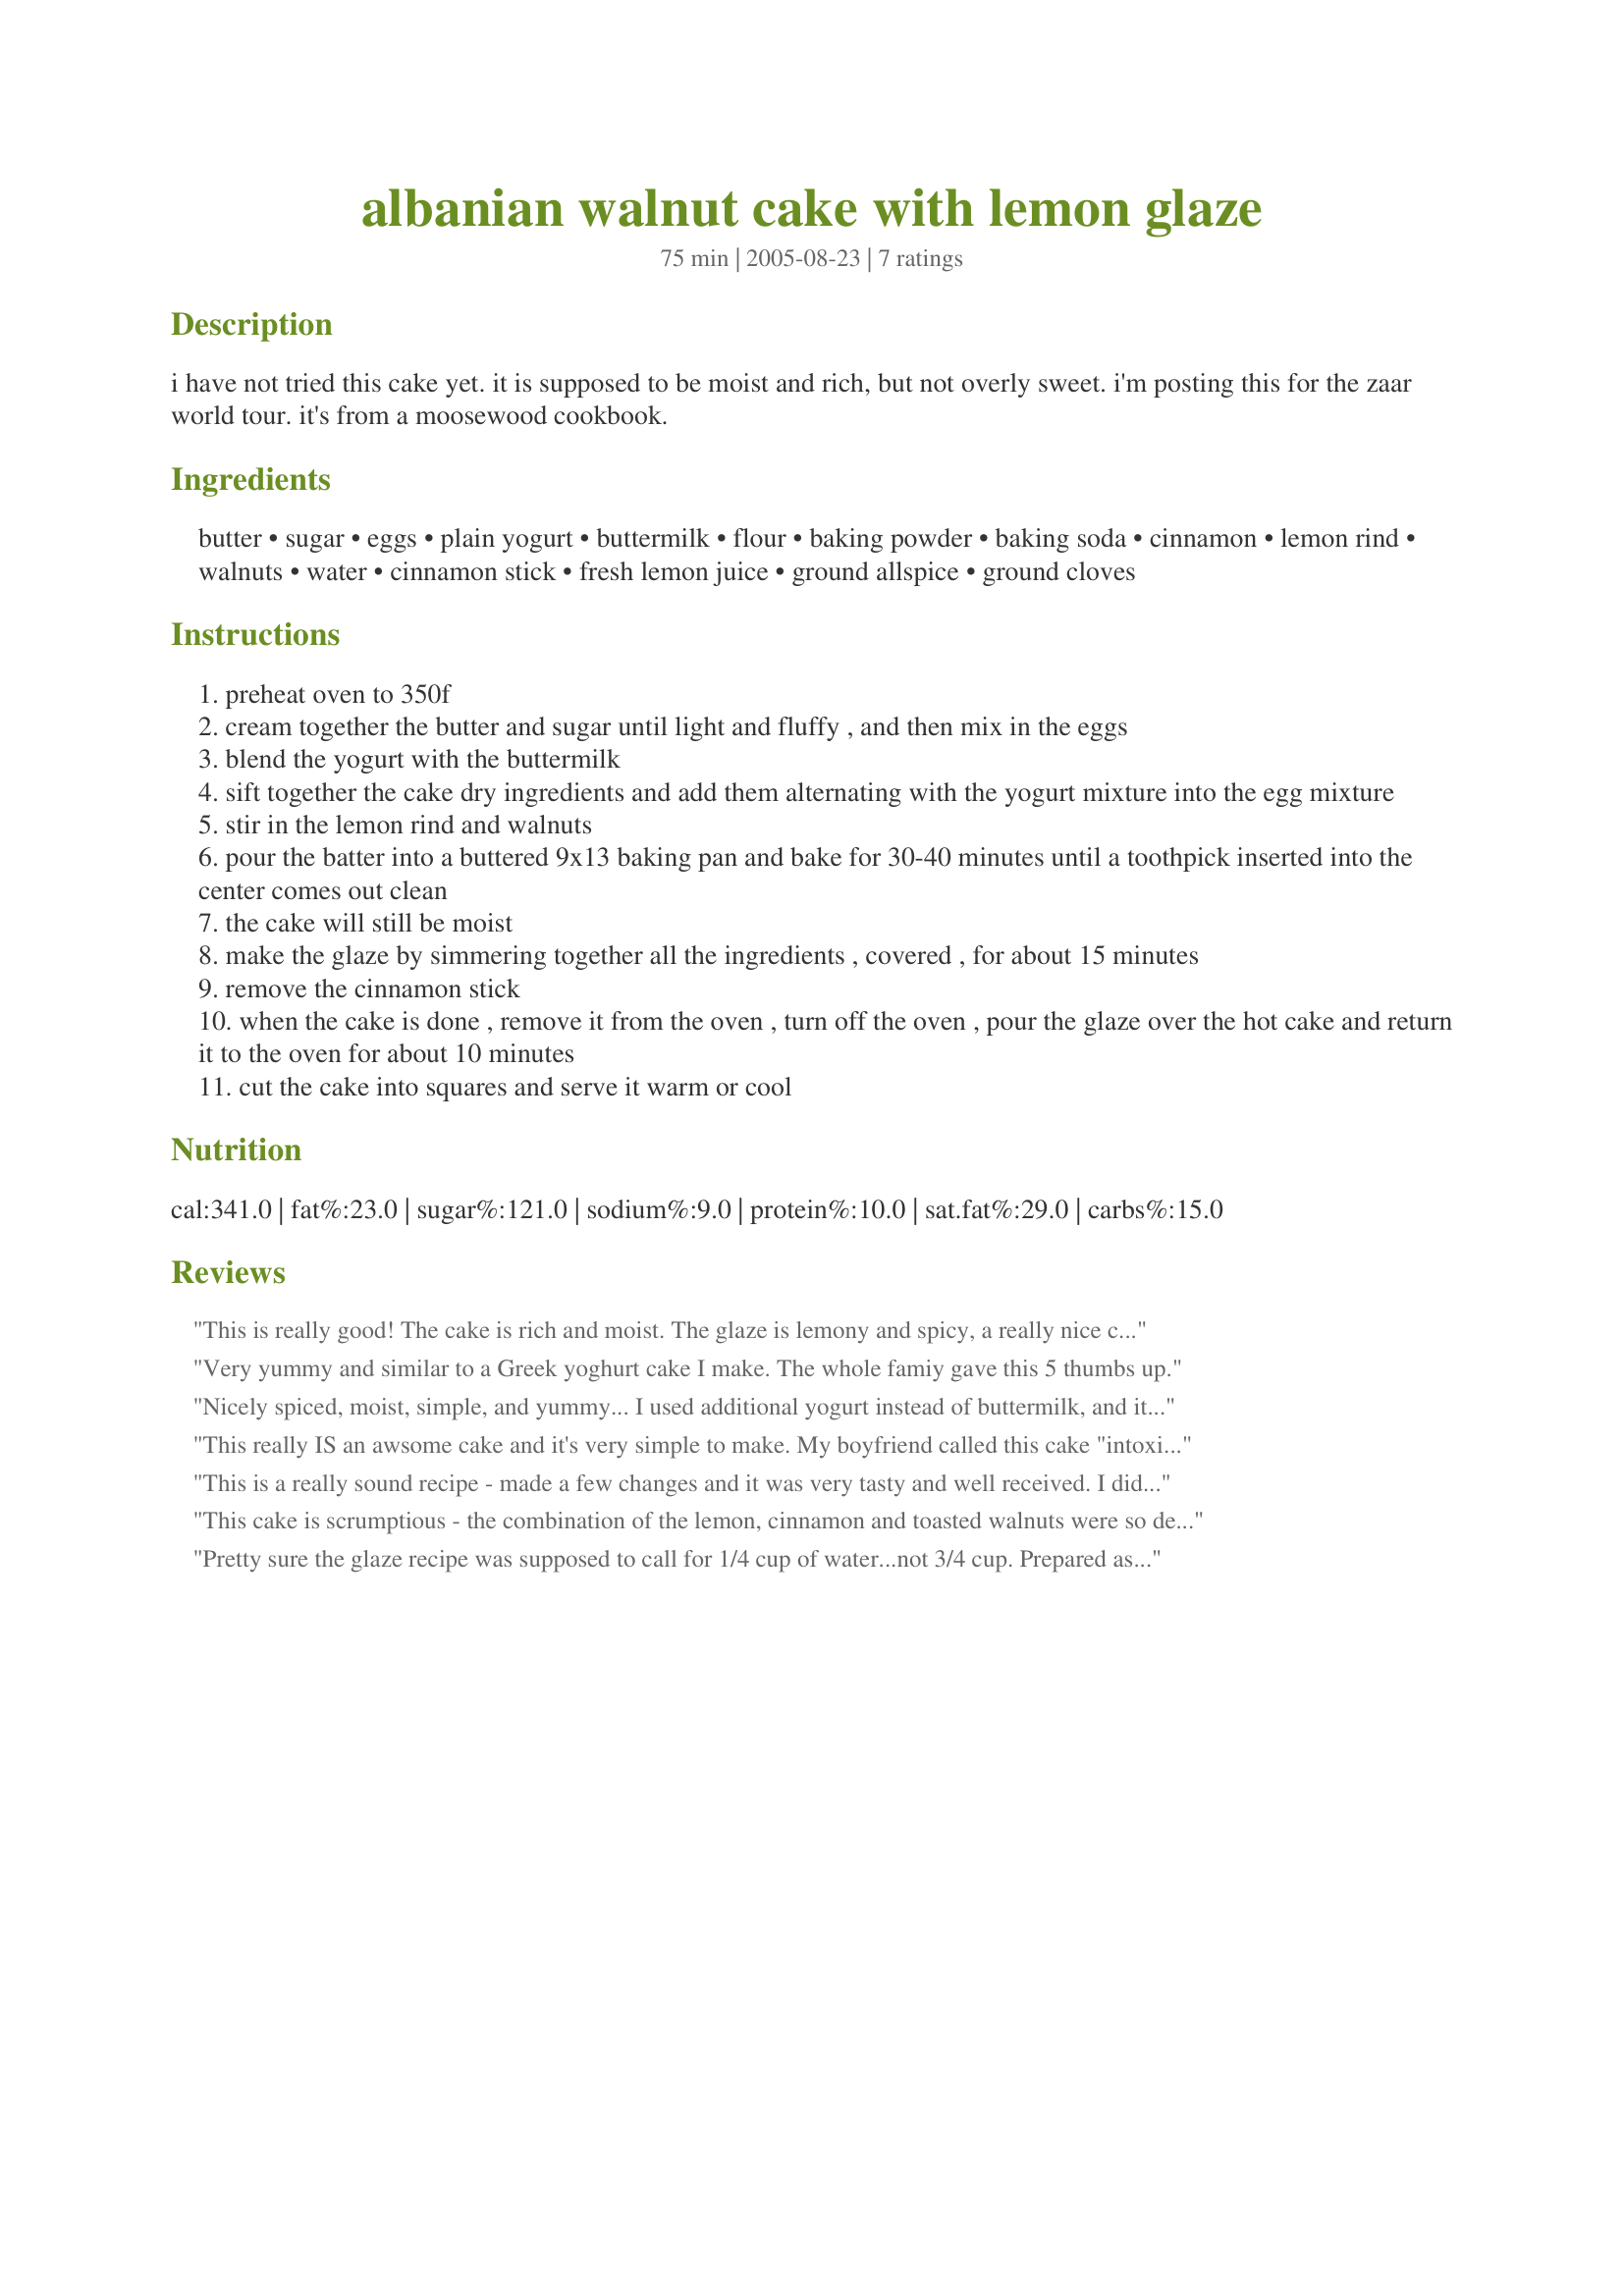
albanian walnut cake with lemon glaze
Preparation time: 75 minutes

i have not tried this cake yet. it is supposed to be moist and rich, but not overly sweet. i'm posting this for the zaar world tour. it's from a moosewood cookbook.

Ingredients:
butter, sugar, eggs, plain yogurt, buttermilk, flour, baking powder, baking soda, cinnamon, lemon rind, walnuts, water, cinnamon stick, fresh lemon juice, ground allspice, ground cloves

Steps:
preheat oven to 350f
cream together the butter and sugar until light and fluffy , and then mix in the eggs
blend the yogurt with the buttermilk
sift together the cake dry ingredients and add them alternating with the yogurt mixture into the egg mixture
stir in the lemon rind and walnuts
pour the batter into a buttered 9x13 baking pan and bake for 30-40 minutes until a toothpick inserted into the center comes out clean
the cake will still be moist
make the glaze by simmering together all the ingredients , covered , for about 15 minutes
remove the cinnamon stick
when the cake is done , remove it from the oven , turn off the oven , pour the glaze over the hot cake and return it to the oven for about 10 minutes
cut the cake into squares and serve it warm or cool

Reviews:
This is really good! The cake is rich and moist. The glaze is lemony and spicy, a really nice combination. Highly recommend this cake for any occasion.
Very yummy and similar to a Greek yoghurt cake I make. The whole famiy gave this 5 thumbs up.
Nicely spiced, moist, simple, and yummy... I used additional yogurt instead of buttermilk, and it was great. The glaze was too sweet for me, though! Next time I'll leave that part out.
This really IS an awsome cake and it's very simple to make. My boyfriend called this cake "intoxicating". I used all yogurt and I did toast the walnuts, takes a bit longer, but well worth it in flavor. You could put candied lemon rind on top of each slice. This is from "Sundays at the Moosewood", a GREAT cookbook that I use often.
This is a really sound recipe - made a few changes and it was very tasty and well received. I didn't have enough walnuts, so added some candied citrus peel, chopped glace cherries and dried cranberries. Subbed half a cup of flour with wholewheat. Used all yogurt. Followed the glaze recipe very loosely, based on the 'too sweet' comment, so it just added a hint more lemon and cinnamon to the initial aroma of the cake. I also made some in mini muffin moulds, which worked really well!
This cake is scrumptious - the combination of the lemon, cinnamon and toasted walnuts were so delicious! With the comments about the glaze I reduced the amount but proportionately add more lemon juice. This was a mistake the glaze was delicious and I wanted more - I should have just increased the lemon juice. The one problem with this recipe was the cooking time. The cake was done at 30 minutes, and the extra cooking time with the glaze just dried it out especially in the middle. Next time I will put the glaze on at 25 minutes and maybe poke it to allow the glaze to seep in and just cook it for 5 more minutes. I look forward to making this again, thanks for sharing. Made for &quot;My Food Odyssey&quot; - Albania
Pretty sure the glaze recipe was supposed to call for 1/4 cup of water...not 3/4 cup. Prepared as directed, your cake will be drowned in 2 cups of sugar water after it's baked and you'll end up with a sodden mess.
